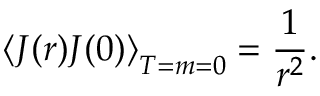
\left\langle J ( r ) J ( 0 ) \right\rangle _ { T = m = 0 } = \frac { 1 } { r ^ { 2 } } .